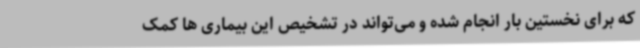
که برای نخستین بار انجام شده و می‌تواند در تشخیص این بیماری ها کمک